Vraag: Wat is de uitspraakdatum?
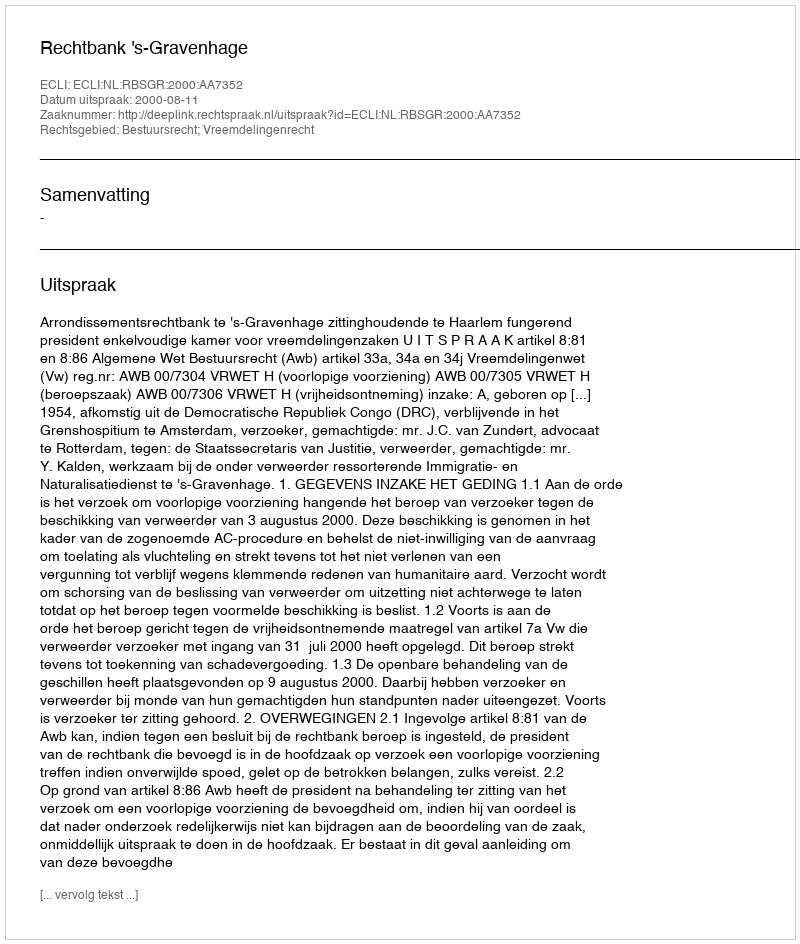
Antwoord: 2000-08-11